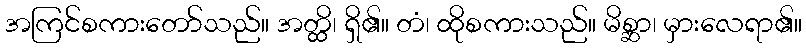
အကြင်စကားတော်သည်။ အတ္ထိ၊ ရှိ၏။ တံ၊ ထိုစကားသည်။ မိစ္ဆာ၊ မှားလေရာ၏။